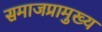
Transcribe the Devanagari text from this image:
समाजप्रामुख्य